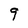
Character: 9